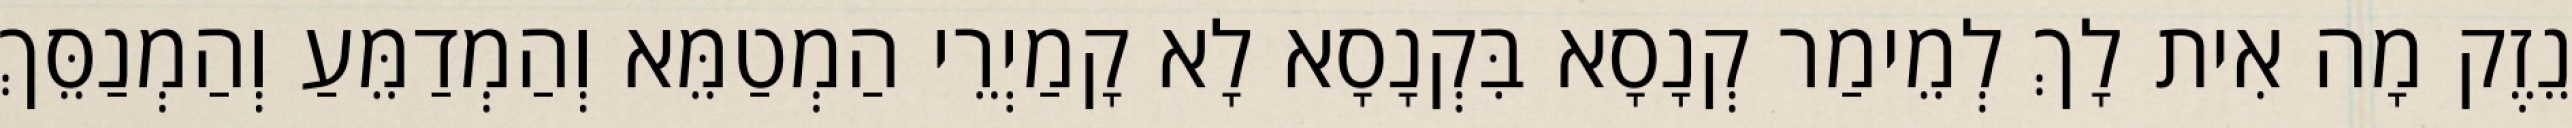
נֵזֶק מָה אִית לָךְ לְמֵימַר קְנָסָא בִּקְנָסָא לָא קָמַיְרֵי הַמְטַמֵּא וְהַמְדַמֵּעַ וְהַמְנַסֵּךְ